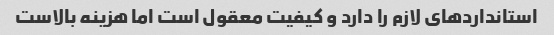
استاندارد‌های لازم را دارد و کیفیت معقول است اما هزینه بالاست